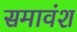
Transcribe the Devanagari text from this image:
समावंश